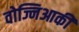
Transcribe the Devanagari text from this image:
वोज्निआकी